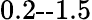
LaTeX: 0.2\textrm{--}1.5